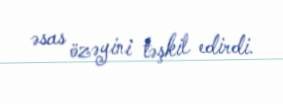
əsas özəyini təşkil edirdi.